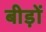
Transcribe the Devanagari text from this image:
बीड़ों